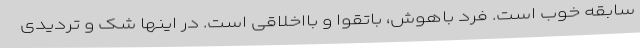
سابقه خوب است. فرد باهوش، باتقوا و بااخلاقی است. در اینها شک و تردیدی